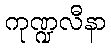
ကုဏ္ဍလီနာ